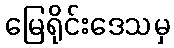
မြေရိုင်းဒေသမှ